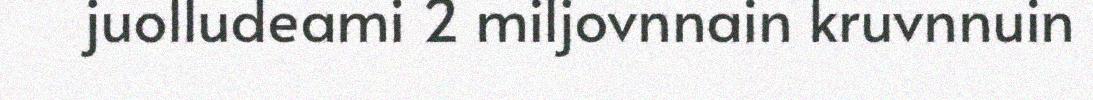
juolludeami 2 miljovnnain kruvnnuin